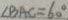
\angle B A C = 6 0 ^ { \circ }